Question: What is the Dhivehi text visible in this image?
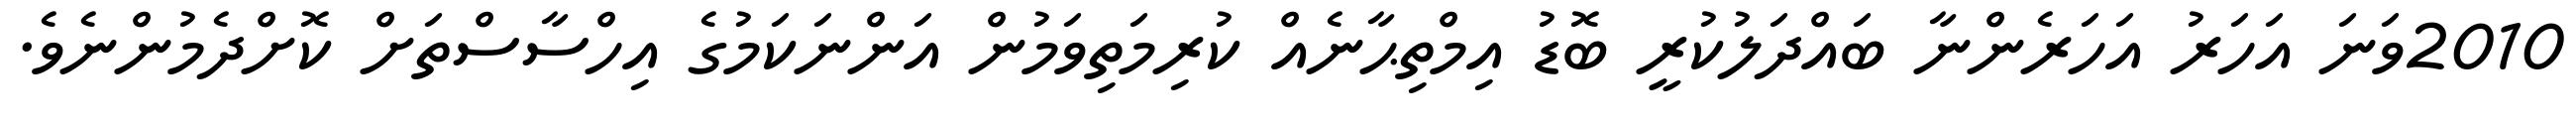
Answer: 2010ވަނަ އަހަރު އަހަރެންނާ ބައްދަލުކުރީ ބޮޑު އިމްތިޙާނެއް ކުރިމަތިވަމުން އަންނަކަމުގެ އިހްސާސްތަށް ކޮށްދެމުންނެވެ.